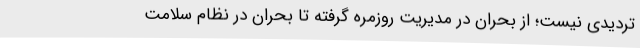
تردیدی نیست؛ از بحران در مدیریت روزمره گرفته تا بحران در نظام سلامت